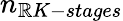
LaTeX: n_{\mathbb{R}K-stages}